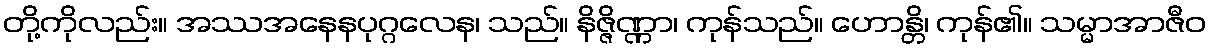
တို့ကိုလည်း။ အဿအနေနပုဂ္ဂလေန၊ သည်။ နိဇ္ဇိဏ္ဏာ၊ ကုန်သည်။ ဟောန္တိ၊ ကုန်၏။ သမ္မာအာဇီဝ